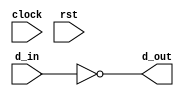
module wide_inv
(
    d_in,
    d_out,
    clock,
    rst
);
    input clock;
    input rst;
    input [31:0] d_in;

    output [31:0] d_out;

    assign d_out = ~d_in;

endmodule